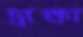
দ্রাক্ষা